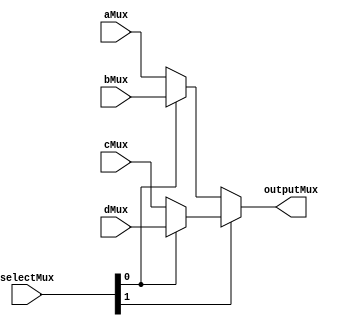
`timescale 1ns / 1ps

module Multiplexer4_1(
    input [31:0]aMux,
    input [31:0]bMux,
    input [31:0]cMux,
    input [31:0]dMux,
    input [1:0]selectMux,
    output [31:0]outputMux
    );

// Implementation
assign outputMux = selectMux[1] ? (selectMux[0] ? dMux : cMux) : (selectMux[0] ? bMux : aMux);

endmodule